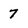
Character: 7